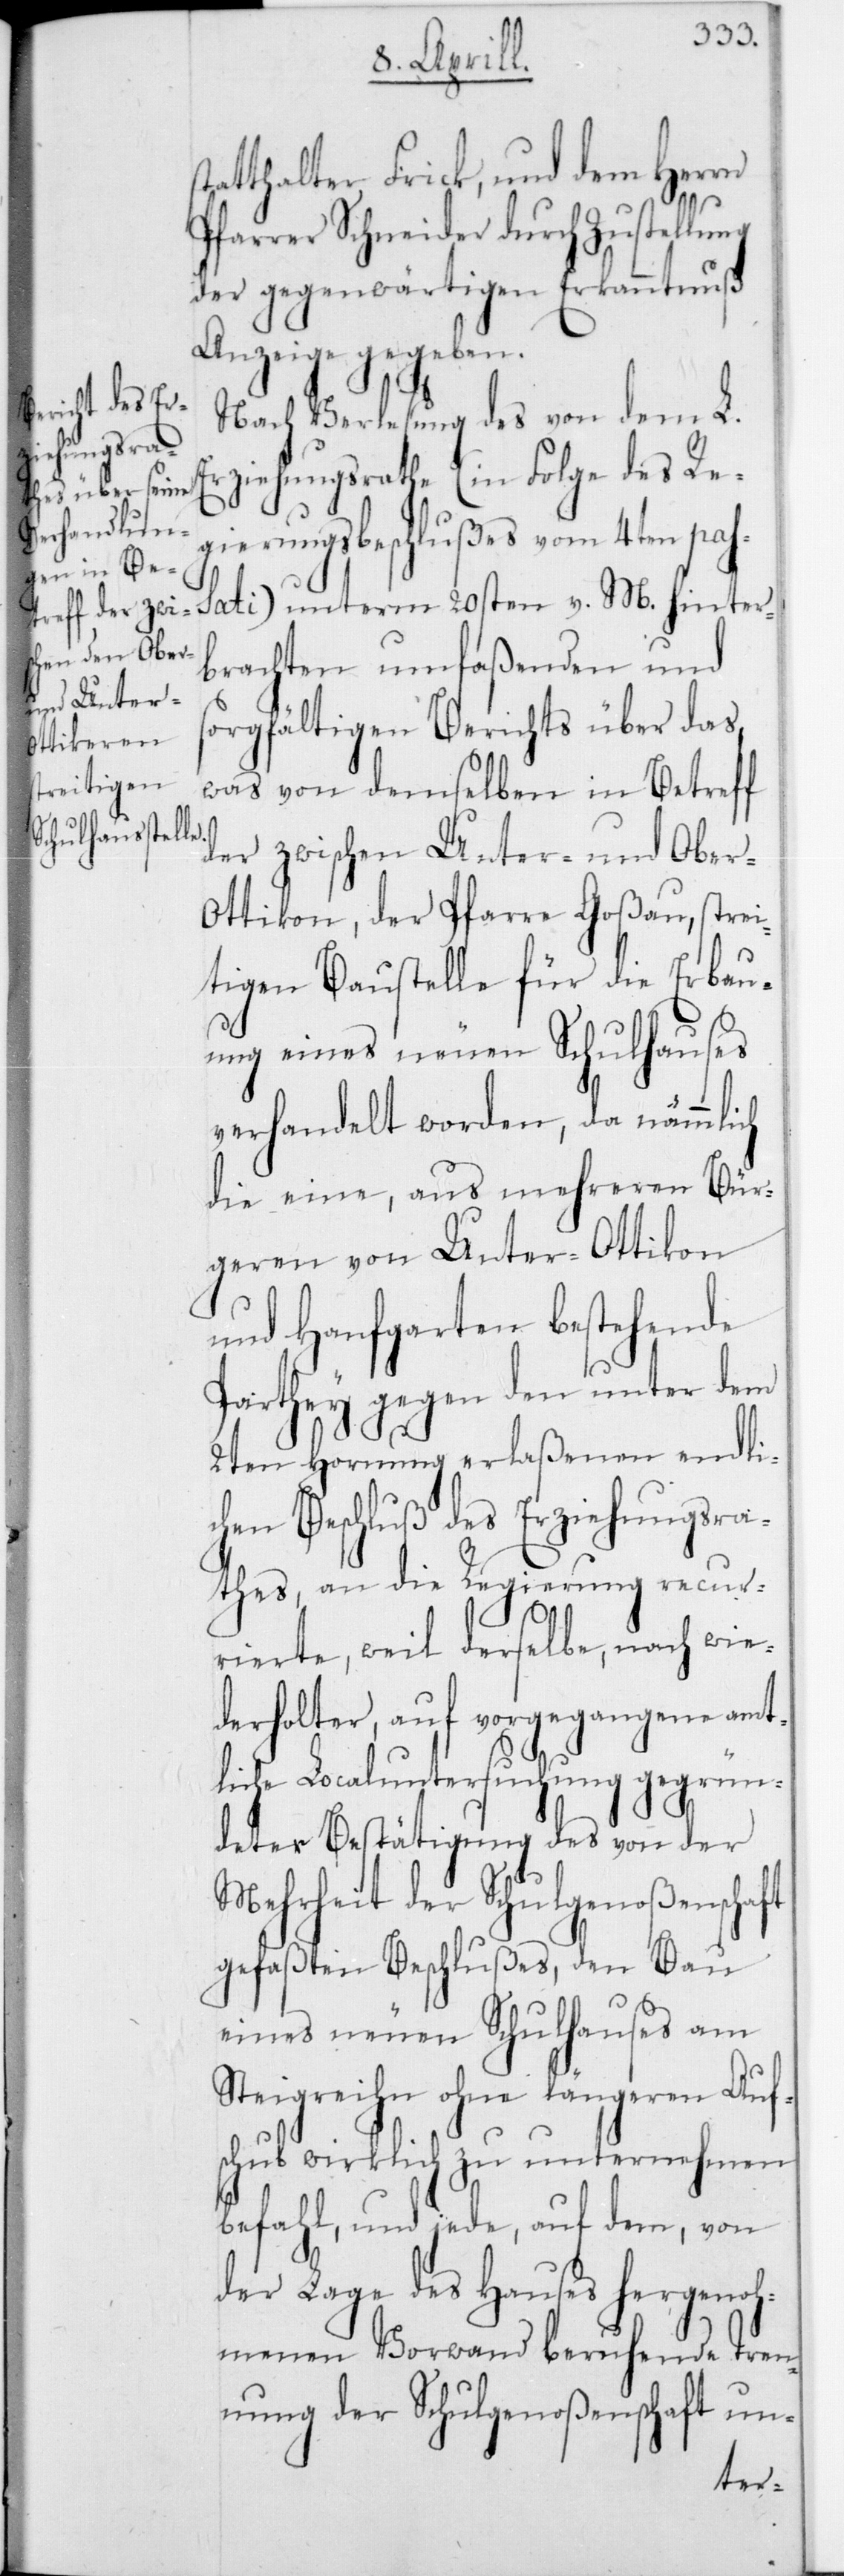
tatthalter Frick, und dem Herrn
Pfarrer Schneider durch Zustellung
der gegenwärtigen Erkanntnuß
Anzeige gegeben.
Nach Verlesung des von dem L.
Erziehungsrathe (in Folge des Re¬
gierungsbeschlußes vom 4ten pas¬
sati) unterm 20sten v. M. hinter¬
brachten umfaßenden und
sorgfältigen Berichts über das
was von demselben in Betreff
der zwischen Unter- und Obe¬
r-Ottikon, der Pfarre Goßau, strei¬
tigen Baustelle für die Erbau¬
ung eines neuen Schulhauses
verhandelt worden, da nämmlich
die eine, aus mehreren Bür¬
geren von Unterottikon
und Hanfgarten bestehende
Partheiy gegen den unter dem
2ten Hornung erlaßenen endli¬
chen Beschluß des Erziehungsra¬
thes, an die Regierung recur¬
rierte, weil derselbe, nach wie¬
derholter, auf vorgegangene amt¬
liche Localuntersuchung gegrün¬
deter Bestätigung des von der
Mehrheit der Schulgenoßenschaft
gefaßten Beschlußes, den Bau
eines neuen Schulhauses am
Steigreihn ohne längeren Auf¬
schub wirklich zu unternehmen
befahl, und jede, auf dem, von
der Lage des Hauses hergenoh¬
menen Vorwand beruhende Tren¬
nung der Schulgenoßenschaft un-
s¬